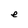
Character: e